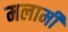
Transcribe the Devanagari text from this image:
मलार्मी